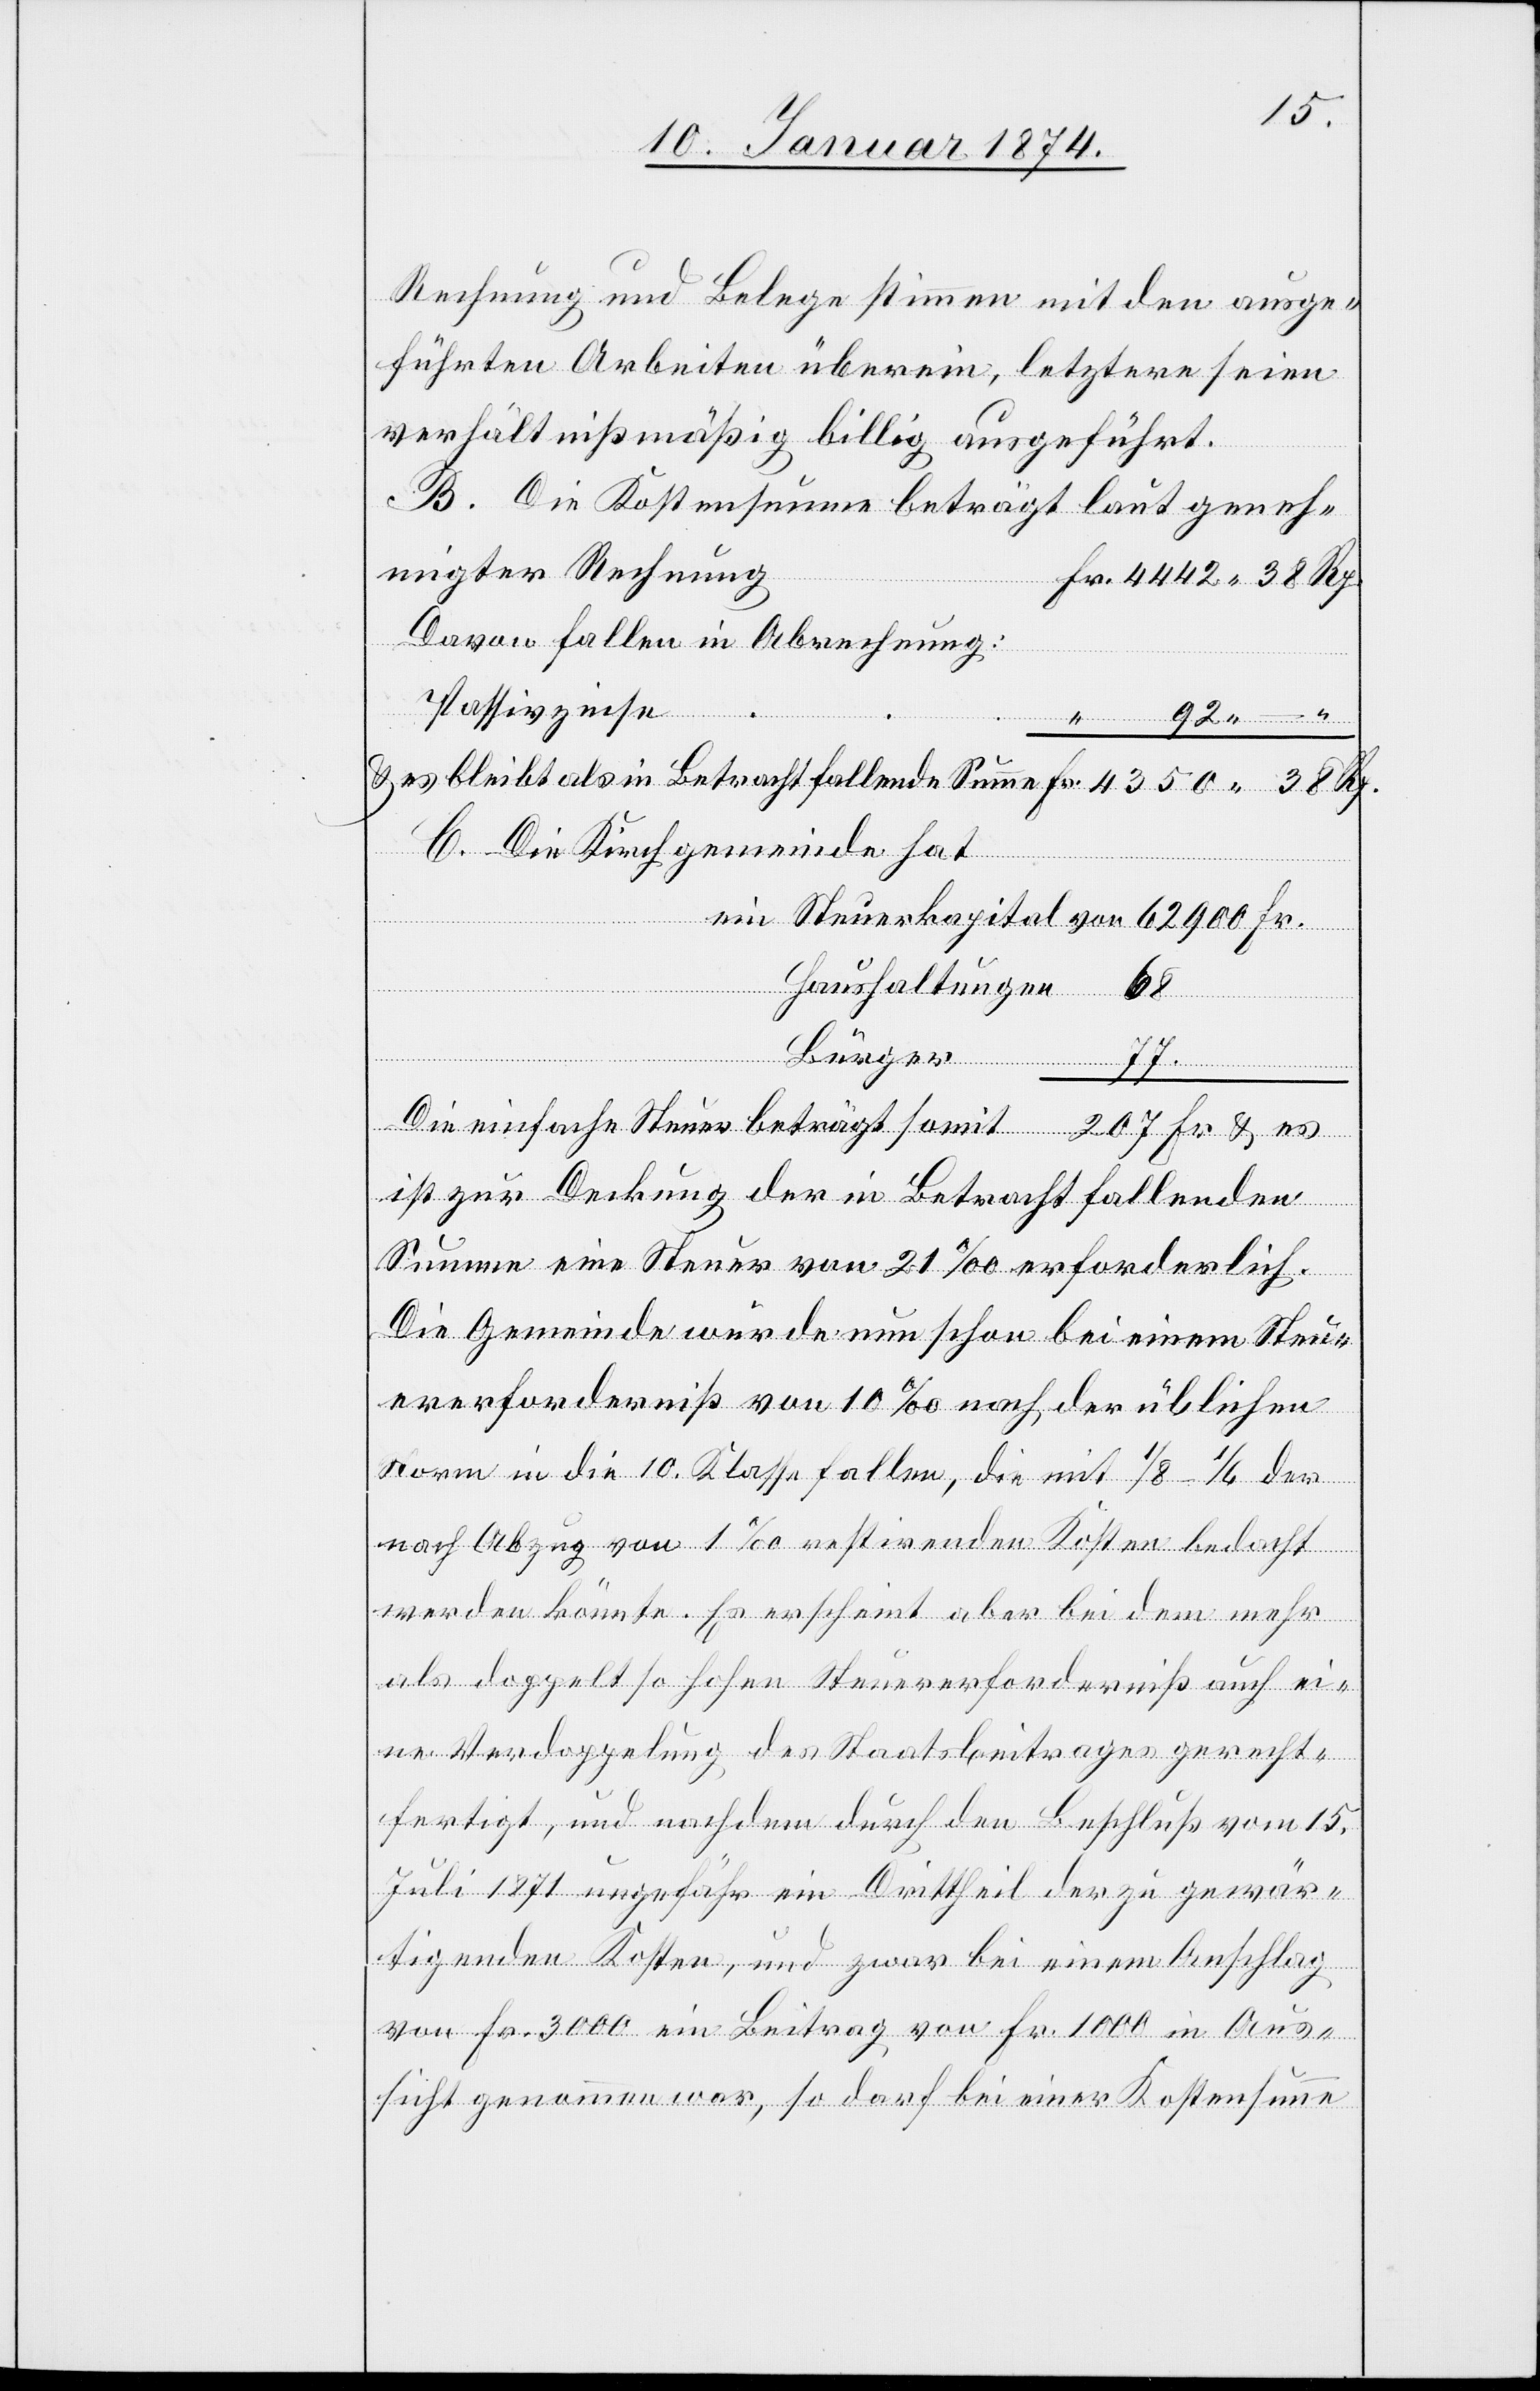
Rechnung und Belege stimmen mit den ausge¬
führten Arbeiten überein, letztere seien
verhältnißmäßig billig ausgeführt.
B. Die Kostensumme beträgt laut geneh¬
migter Rechnung:
Fr. 444.38 Rp.
Davon fallen in Abrechnung:
92. “
& es bleibt als in Betracht fallende Summe 				 Fr. 4350.38 Rp.
C. Die Kirchgemeinde hat
ein Steuerkapital von 62900 Fr.
Haushaltungen 68
Bürger 77.
Die einfache Steuer beträgt somit 207 Fr. & es
ist zur Deckung der in Betracht fallenden
Summe eine Steuer von 21‰ erforderlich.
Die Gemeinde würde nun schon bei einem Steu¬
ererforderniß von 10‰ nach der üblichen
Norm in die 10. Klasse fallen, die mit 1/8 [,]1/6 der
nach Abzug von 1‰ restirenden Kassen bedacht
werden könnte. Es erscheint aber bei der mehr
als doppelt so hohen Steuererforderniß auch ei¬
ne Verdoppelung des Staatsbeitrages gerecht¬
fertigt, und nachdem durch den Beschluß vom 15.
Juli 1871 ungefähr ein Drittheil der zu gewär¬
tigenden Kosten, und zwar bei einem Anschlag
von Fr. 3000 ein Beitrag von Fr. 1000 in Aus¬
sicht genommen war, so darf bei einer Kosten Summe